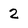
Character: 2